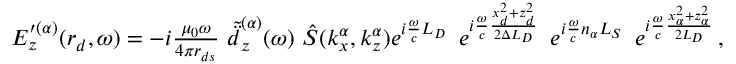
\begin{array} { r } { E _ { z } ^ { \prime ( \alpha ) } ( \boldsymbol { r } _ { d } , \omega ) = - i \frac { \mu _ { 0 } \omega } { 4 \pi r _ { d s } } \, \, \tilde { \ddot { d } } _ { z } ^ { ( \alpha ) } ( \omega ) \, \, \hat { S } ( k _ { x } ^ { \alpha } , k _ { z } ^ { \alpha } ) e ^ { i \frac { \omega } { c } L _ { D } } \, \, \, e ^ { i \frac { \omega } { c } \frac { x _ { d } ^ { 2 } + z _ { d } ^ { 2 } } { 2 \Delta L _ { D } } } \, \, \, e ^ { i \frac { \omega } { c } n _ { \alpha } L _ { S } } \, \, \, e ^ { i \frac { \omega } { c } \frac { x _ { \alpha } ^ { 2 } + z _ { \alpha } ^ { 2 } } { 2 L _ { D } } } \, , \quad } \end{array}